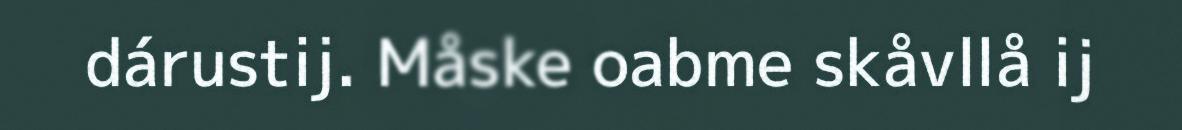
dárustij. Måske oabme skåvllå ij